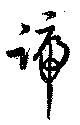
號